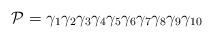
\begin{align*}{\cal P} = {\gamma}_{1}{\gamma}_{2}{\gamma}_{3}{\gamma}_{4}{\gamma}_{5}{\gamma}_{6}{\gamma}_{7}{\gamma}_{8}{\gamma}_{9}{\gamma}_{10}\end{align*}